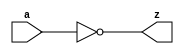
/*
 * tt_prim_inv.v
 *
 * TT Primitive
 * Inverter
 *
 * Copyright (c) 2023 Sylvain Munaut <tnt@246tNt.com>
 * SPDX-License-Identifier: Apache-2.0
 */

`default_nettype none

module tt_prim_inv #(
	parameter integer HIGH_DRIVE = 0
)(
	input  wire a,
	output wire z
);

	assign z = ~a;

endmodule // tt_prim_inv